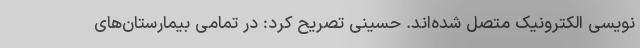
نویسی الکترونیک متصل شده‌اند. حسینی تصریح کرد: در تمامی بیمارستان‌های